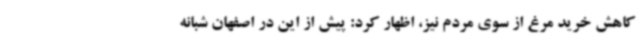
کاهش خرید مرغ از سوی مردم نیز، اظهار کرد: پیش از این در اصفهان شبانه